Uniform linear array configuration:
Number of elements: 8
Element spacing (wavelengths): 1
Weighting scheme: cosine
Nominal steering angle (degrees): -45
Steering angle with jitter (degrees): -43.627
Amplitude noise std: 0.05
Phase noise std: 0.05

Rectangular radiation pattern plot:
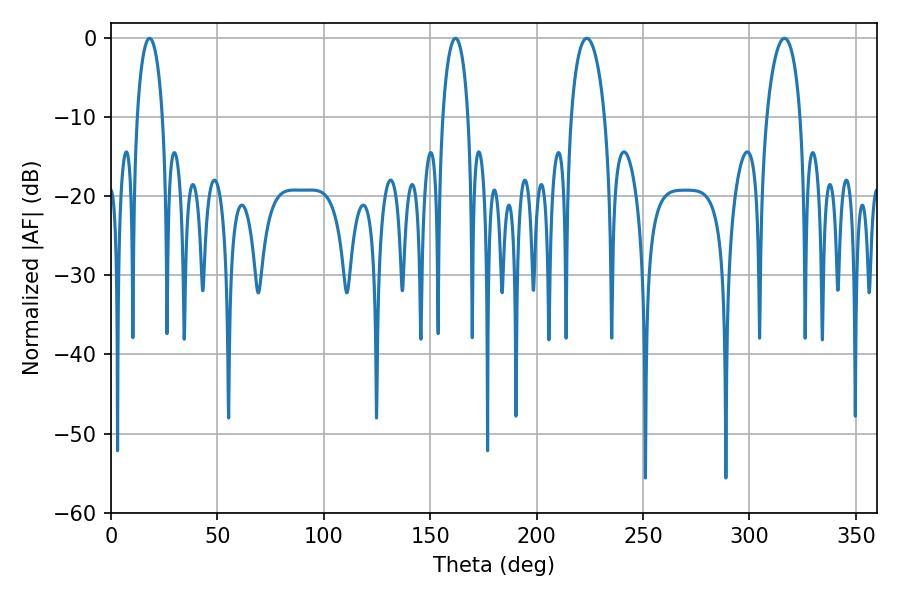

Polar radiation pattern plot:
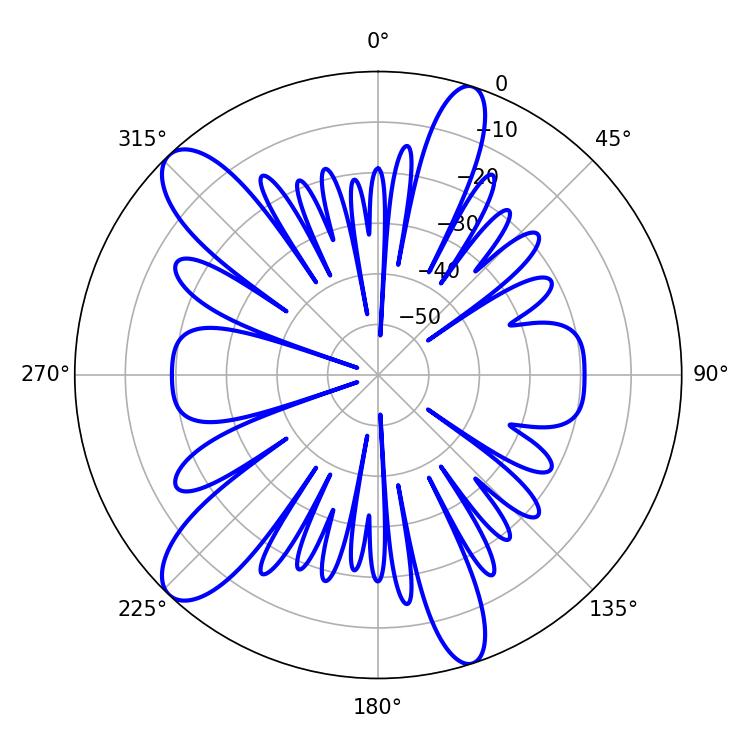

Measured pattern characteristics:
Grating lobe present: TRUE
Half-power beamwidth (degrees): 9
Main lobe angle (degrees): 223.56